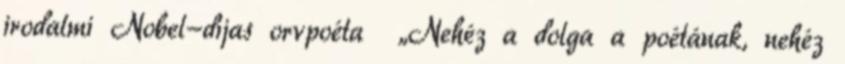
irodalmi Nobel-díjas orvpoéta „Nehéz a dolga a poétának, nehéz